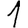
Digit: 1